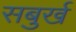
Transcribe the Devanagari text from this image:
सबुर्ख